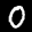
Label: 0